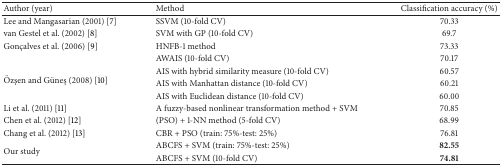
| Author (year) | Method | Classification accuracy (%) |
 | --- | --- | --- |
 | Lee and Mangasarian (2001) [7] | SSVM (10-fold CV) | 70.33 |
 | van Gestel et al. (2002) [8] | SVM with GP (10-fold CV) | 69.7 |
 | Gonçalves et al. (2006) [9] | HNFB-1 method | 73.33 |
 | <ROWSPAN=4> Özşen and Güneş (2008) [10] | AWAIS (10-fold CV) | 70.17 |
 | AIS with hybrid similarity measure (10-fold CV) | 60.57 |
 | AIS with Manhattan distance (10-fold CV) | 60.21 |
 | AIS with Euclidean distance (10-fold CV) | 60.00 |
 | Li et al. (2011) [11] | A fuzzy-based nonlinear transformation method + SVM | 70.85 |
 | Chen et al. (2012) [12] | (PSO) + 1-NN method (5-fold CV) | 68.99 |
 | Chang et al. (2012) [13] | CBR + PSO (train: 75%-test: 25%) | 76.81 |
 | <ROWSPAN=2> Our study | ABCFS + SVM (train: 75%-test: 25%) | 82.55 |
 | ABCFS + SVM (10-fold CV) | 74.81 |